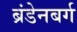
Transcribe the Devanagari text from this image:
ब्रंडेनबर्ग